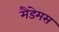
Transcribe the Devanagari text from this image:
मैंडेमस